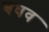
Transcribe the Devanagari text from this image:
बघव